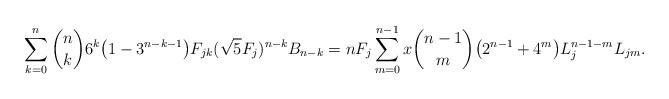
LaTeX: \begin{align*}\sum_{k=0}^{n} {n\choose k} 6^k \big (1- 3^{n-k-1} \big ) F_{jk} (\sqrt{5}F_j)^{n-k}B_{n-k}= n F_j \sum_{m=0}^{n-1}x {n-1\choose m} \big ( 2^{n-1} + 4^m \big )L_j^{n-1-m}L_{jm}.\end{align*}